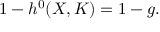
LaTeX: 1 - h ^ { 0 } ( X , K ) = 1 - g .